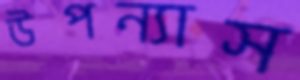
উপন্যাস